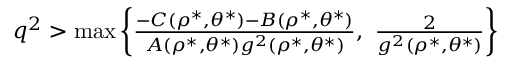
\begin{array} { r } { q ^ { 2 } > \operatorname* { m a x } \left\lbrace \frac { - C ( \rho ^ { \ast } , \theta ^ { \ast } ) - B ( \rho ^ { \ast } , \theta ^ { \ast } ) } { A ( \rho ^ { \ast } , \theta ^ { \ast } ) g ^ { 2 } ( \rho ^ { \ast } , \theta ^ { \ast } ) } , ~ \frac { 2 } { g ^ { 2 } ( \rho ^ { \ast } , \theta ^ { \ast } ) } \right\rbrace } \end{array}